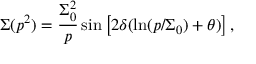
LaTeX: \Sigma ( p ^ { 2 } ) = \frac { \Sigma _ { 0 } ^ { 2 } } { p } \sin \left[ 2 \delta ( \ln ( p / \Sigma _ { 0 } ) + \theta ) \right] ,